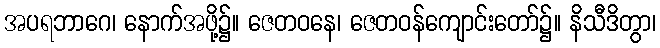
အပရဘာဂေ၊ နောက်အဖို့၌။ ဇေတဝနေ၊ ဇေတဝန်ကျောင်းတော်၌။ နိသီဒိတွာ၊